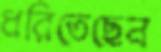
ধরিতেছেন